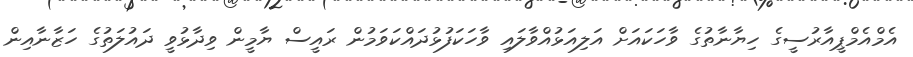
އެމްއެމްޕީއާރުސީގެ ހިޔާނާތުގެ ވާހަކައަށް އަލިއަޅުއްވާލައި ވާހަކަފުޅުދައްކަވަމުން ރައީސް ޔާމީން ވިދާޅުވީ ދައުލަތުގެ ހަޒާނާއިން